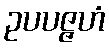
ဥပပဇ္ဇဟံ